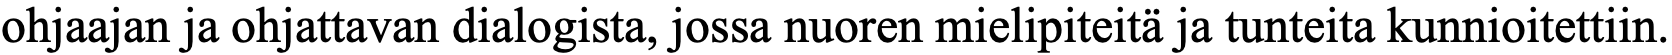
ohjaajan ja ohjattavan dialogista, jossa nuoren mielipiteitä ja tunteita kunnioitettiin.